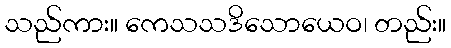
သည်ကား။ ကေသသဒိသောယေဝ၊ တည်း။